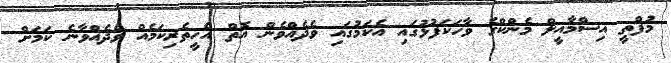
މުފްތީ އިސްމާއީލް މެންކްގެ ވާހަކަފުޅުގައި އެކަމުގައި ވެދެއްވެން އޮތް އެހީތެރިކަމެއް ވެދެއްވާނެ ކަމަށް